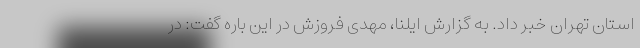
استان تهران خبر داد. به گزارش ایلنا، مهدی فروزش در این باره گفت: در